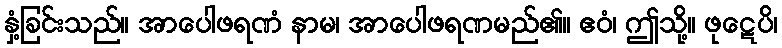
နှံ့ခြင်းသည်။ အာပေါဖရဏံ နာမ၊ အာပေါဖရဏမည်၏။ ဧဝံ၊ ဤသို့။ ဖုဋေပိ၊